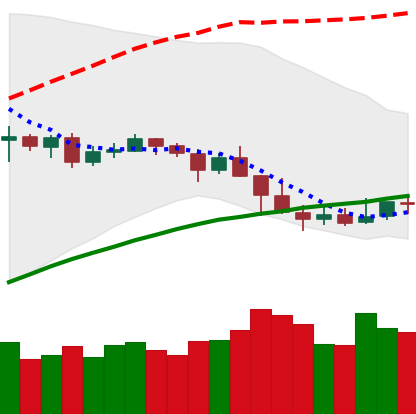
Ticker: NEO-USD
Chart end date: 2019-05-01
Forward return: -5.656%
Label: down_5_7